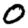
Digit: 0